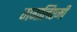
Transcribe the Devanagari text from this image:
गगलिएमी